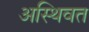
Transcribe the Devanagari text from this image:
अस्थिवत